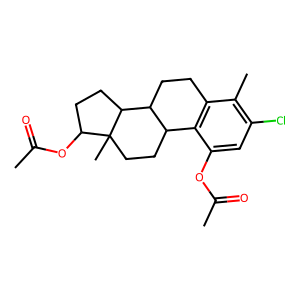
SMILES: CC(=O)Oc1cc(Cl)c(C)c2c1C1CCC3(C)C(OC(C)=O)CCC3C1CC2
Inhibits HIV replication: No